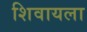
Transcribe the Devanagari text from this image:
शिवायला